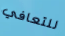
للتعافي